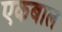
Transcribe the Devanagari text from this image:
एकबाल